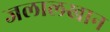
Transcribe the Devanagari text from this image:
जलालखान